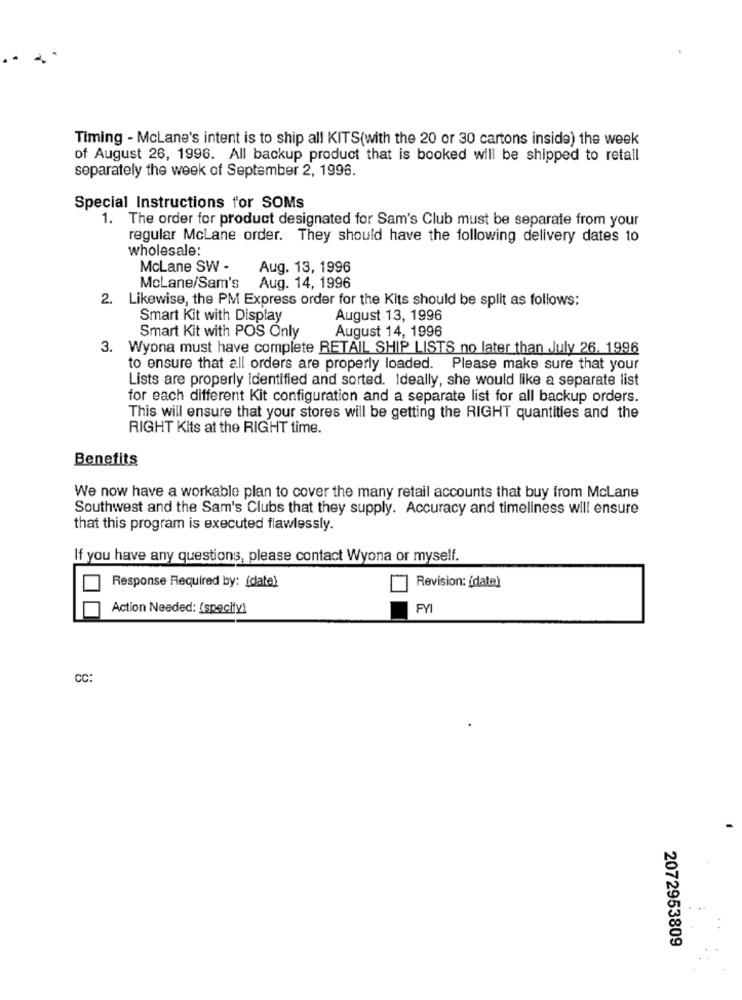
Timing - McLane's intent is to ship all KITS(with the 20 or 30 cartons inside) the week
of August 26, 1996. All backup product that is booked will be shipped to retail
separately the week of September 2, 1996.
Special Instructions for SOMs
1. The order for product designated for Sam's Club must be separate from your
regular McLane order. They should have the following delivery dates to
wholesale:
McLane SW -
Aug. 13, 1996
McLane/Sam's
Aug. 14, 1996
2. Likewise, the PM Express order for the Kits should be split as follows:
Smart Kit with Display
August 13, 1996
August 14, 1996
Smart Kit with POS Only
3. Wyona must have complete RETAIL SHIP LISTS no later than July 26. 1996
to ensure that all orders are properly loaded. Please make sure that your
Lists are properly identified and sorted. Ideally, she would like a separate list
for each different Kit configuration and a separate list for all backup orders.
This will ensure that your stores will be getting the RIGHT quantities and the
RIGHT Kits at the RIGHT time.
Benefits
We now have a workable plan to cover the many retail accounts that buy from McLane
Southwest and the Sam's Clubs that they supply. Accuracy and timeliness will ensure
that this program is executed flawlessly.
If you have any questions, please contact Wyona or myself.
Revision: {date)
Response Required by: [date)
Action Needed: (specify)
FYI
CC:
2072953809